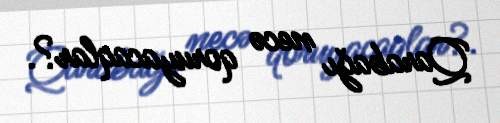
Qarabağı necə qoruyacaqlar?.